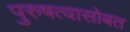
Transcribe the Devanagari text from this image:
पुरुषत्वासोबत